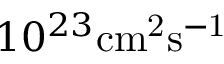
1 0 ^ { 2 3 } \mathrm { c m ^ { 2 } s ^ { - 1 } }